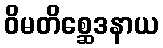
ဝိမတိစ္ဆေဒနာယ